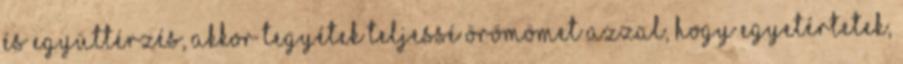
és együttérzés, akkor tegyétek teljessé örömömet azzal, hogy egyetértetek,